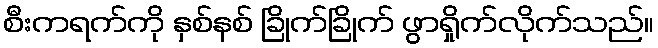
စီးကရက်ကို နှစ်နစ် ခြိုက်ခြိုက် ဖွာရှိုက်လိုက်သည်။